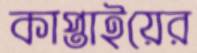
কাপ্তাইয়ের